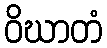
ဝိဃာတံ